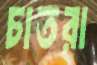
চাতরা